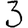
Digit: 3